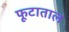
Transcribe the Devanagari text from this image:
फूटाताल